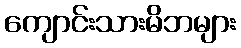
ကျောင်းသားမိဘများ